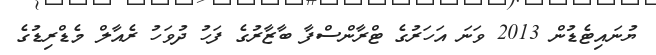
ޔުނައިޓެޑުން 2013 ވަނަ އަހަރުގެ ޓްރާންސްފާ ބާޒާރުގެ ފަހު ދުވަހު ރެއާލް މެޑްރިޑުގެ